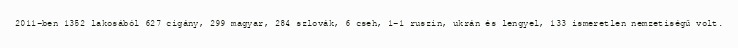
2011-ben 1352 lakosából 627 cigány, 299 magyar, 284 szlovák, 6 cseh, 1-1 ruszin, ukrán és lengyel, 133 ismeretlen nemzetiségű volt.